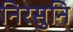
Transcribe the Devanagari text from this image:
निरसुनि